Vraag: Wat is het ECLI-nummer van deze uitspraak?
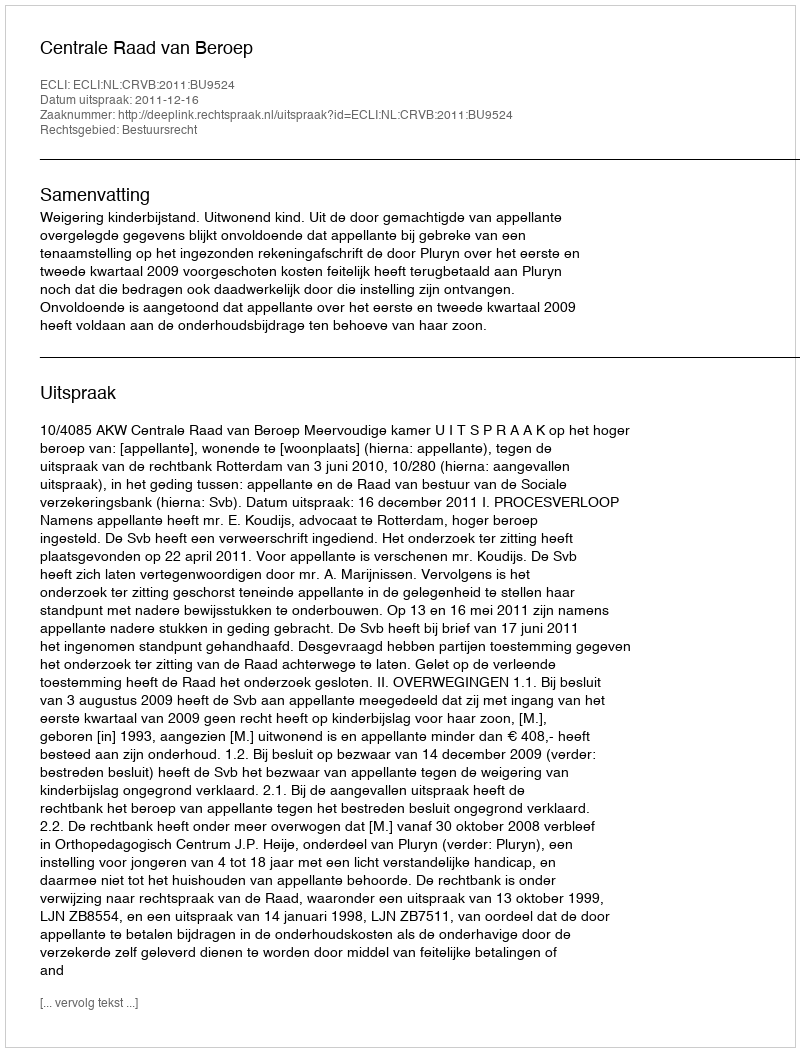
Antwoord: ECLI:NL:CRVB:2011:BU9524